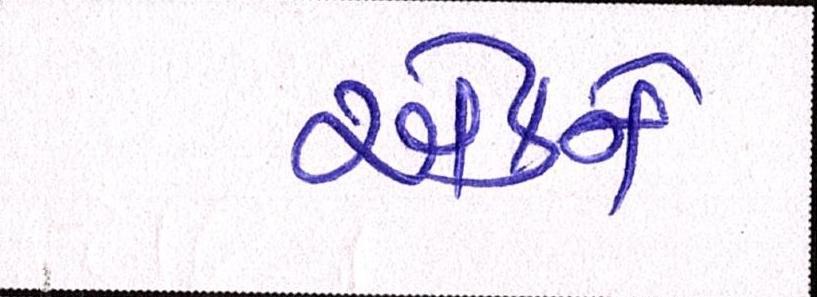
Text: એકને